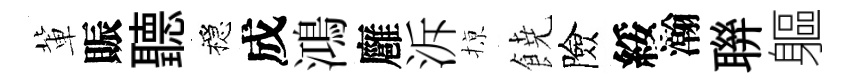
軰賑聽穩成鴻廱泝𢱊𩜙險綏瀚聨軀